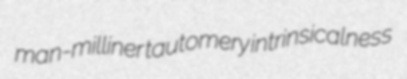
man-milliner tautomery intrinsicalness